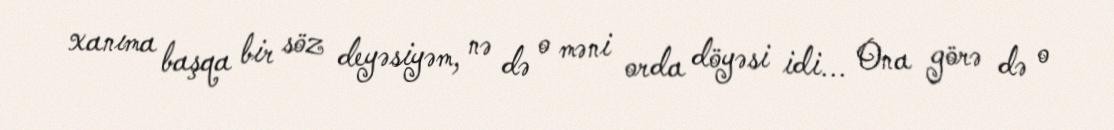
xanıma başqa bir söz deyəsiyəm, nə də o məni orda döyəsi idi... Ona görə də o